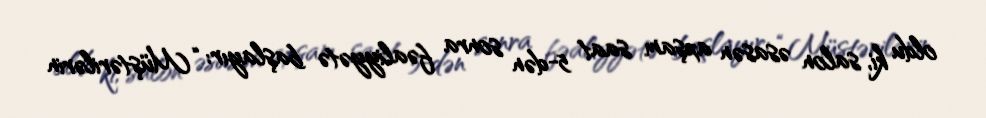
oldu ki, salon əsasən axşam saat 5-dən sonra fəaliyyətə başlayır: “Müştərilərin